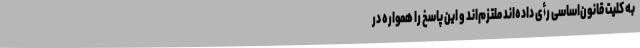
به کلیت قانون‌اساسی رأی داده‌اند ملتزم‌اند و این پاسخ را همواره در